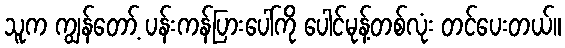
သူက ကျွန်တော့် ပန်းကန်ပြားပေါ်ကို ပေါင်မုန့်တစ်လုံး တင်ပေးတယ်။